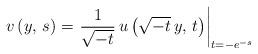
LaTeX: \begin{align*}v\left(y,\,s\right)=\left.\frac{1}{\sqrt{-t}}\,u\left(\sqrt{-t}\,y,\,t\right)\right|_{t=-e^{-s}}\end{align*}